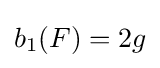
b_{1}(F)=2g